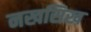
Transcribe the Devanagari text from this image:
नखसिख